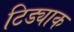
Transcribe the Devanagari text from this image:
टिड्याक